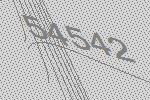
54542